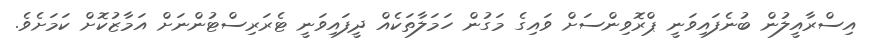
އިސްރާއީލުން ބުނެފައިވަނީ ޕްރޮވިންސަށް ވައިގެ މަގުން ހަމަލާތަކެއް ދީފައިވަނީ ޓެރަރިސްޓުންނަށް އަމާޒުކޮށް ކަމަށެވެ.